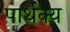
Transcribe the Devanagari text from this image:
पार्थक्‍य